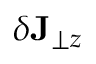
\delta \mathbf { J } _ { \perp z }